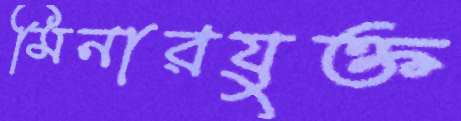
মিনারযুক্ত